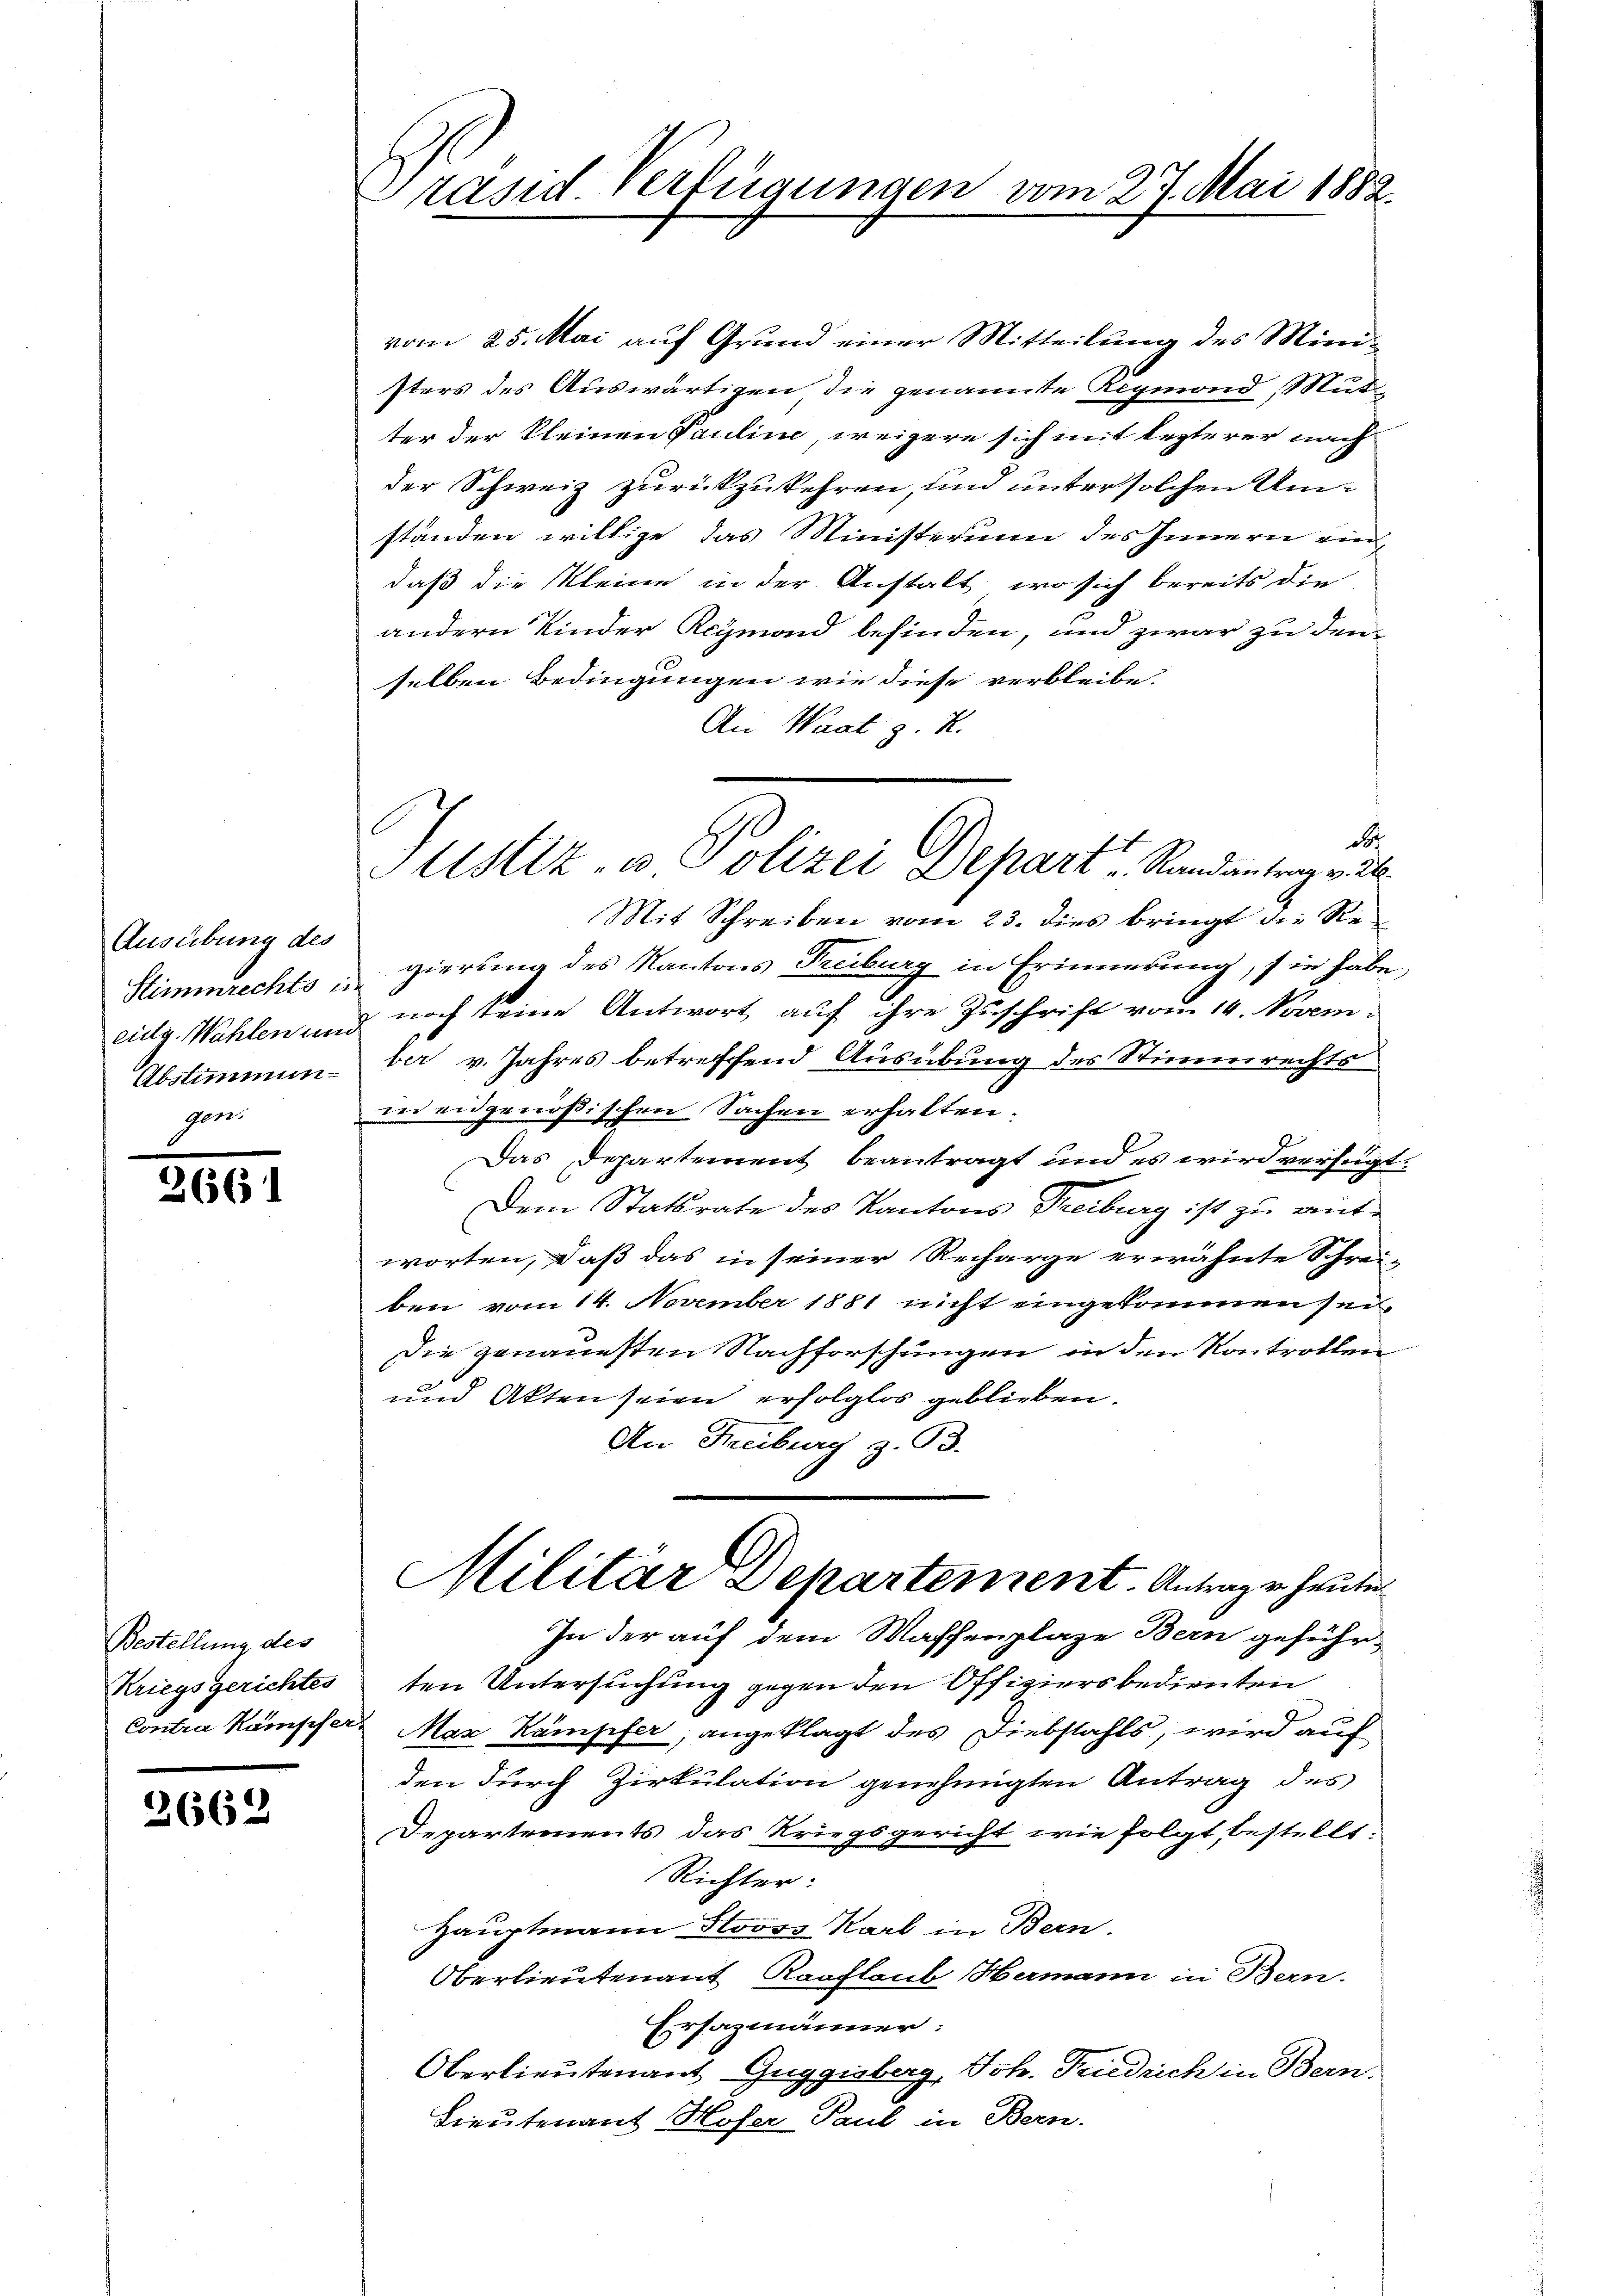
Ausübung des
Abstimmungen

101

Bestellung des
Kriegsgerichtes

3662

Präsid Verfügungen vom 27. Mai 1882.

Ustiz- u Polizei Depart Randantrag v. 26.

vom 25. Mai auf Grund einer Mitteilung des Ministers des Auswärtigen, die genannte Regmond Mut-
ter der kleinen Pauline, weigere sich mit lezterer nach
der Schweiz zurückzukehren, und unter solchen Umständen willige das Ministerium des Innern eindaß die Kleine in der Anstalt, wo sich bereits die
andern Kinder Reymond befinden, und zwar zu den
selben Bedingungen wie diese verbleibe.
An Waat z. R.
d
Mit Schreiben vom 23. dies bringt die Re-
Stimmrechts gierung des Kantons Treiburg in Erinnerung, sie habe,
eidg. Wahlen und noch keine Antwort auf ihre Zuschrift vom 14. November v. Jahres betreffend Ausübung des Stimmrechts
in eidgenößischen Sachen erhalten.
Das Departement beantragt und es wird verfügt:
Dem Statsrate des Kantons Treiburg ist zu antworten, daß das in seiner Recharge erwähnte Schrei-
ben vom 14. November 1881 nicht eingekommen sei¬
Die genauesten Nachforschungen in den Kontrollen
0
und Akten seien erfolglos geblieben.
An Freiburg z. B.
Militär Departement. Antrage heute
In der auf dem Waffenplaze Bern geführten Untersuchung gegen den Offiziers bedienten
.
Contra Kämpfer Max Kämpfer, angeklagt des Diebstahls, wird auf
den durch Zirkulation genehmigten Antrag des
Departements das Kriegsgericht wie folgt, bestellt.
Richter:
Hauptmann Stooss Karl in Bern.
Oberlieutenant Kaufloub Hamann in Bern.
Ersazmänner:
Oberlieutenant Guggisberg, Joh. Friedrich in Bern.
Lieutenant Hofer Paul in Bern.